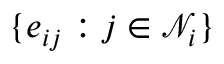
\{ e _ { i j } : j \in \mathcal { N } _ { i } \}